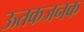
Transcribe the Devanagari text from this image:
ऊतकजनक